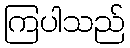
ကြပါသည်